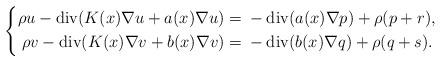
LaTeX: \begin{align*}\left\{\begin{aligned}\rho u-\operatorname{div}(K(x)\nabla u+a(x)\nabla u)={}&-\operatorname{div}(a(x)\nabla p)+\rho (p+ r), \\\rho v-\operatorname{div}(K(x)\nabla v+b(x)\nabla v)={}&-\operatorname{div}(b(x) \nabla q)+\rho( q+ s).\end{aligned}\right.\end{align*}